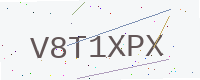
Text: V8T1XPX